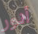
أنور